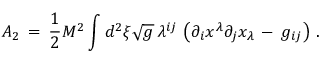
{ \cal A } _ { 2 } \, = \, \frac { 1 } { 2 } M ^ { 2 } \int _ { } ^ { } d ^ { 2 } \xi \sqrt { g } \, \lambda ^ { i j } \, \left( \partial _ { i } x ^ { \lambda } \partial _ { j } x _ { \lambda } \, - \, g _ { i j } \right) \, { . }